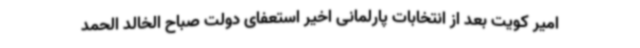
امیر کویت بعد از انتخابات پارلمانی اخیر استعفای دولت صباح الخالد الحمد